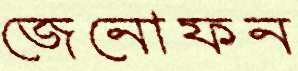
জেনোফন